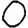
Digit: 0